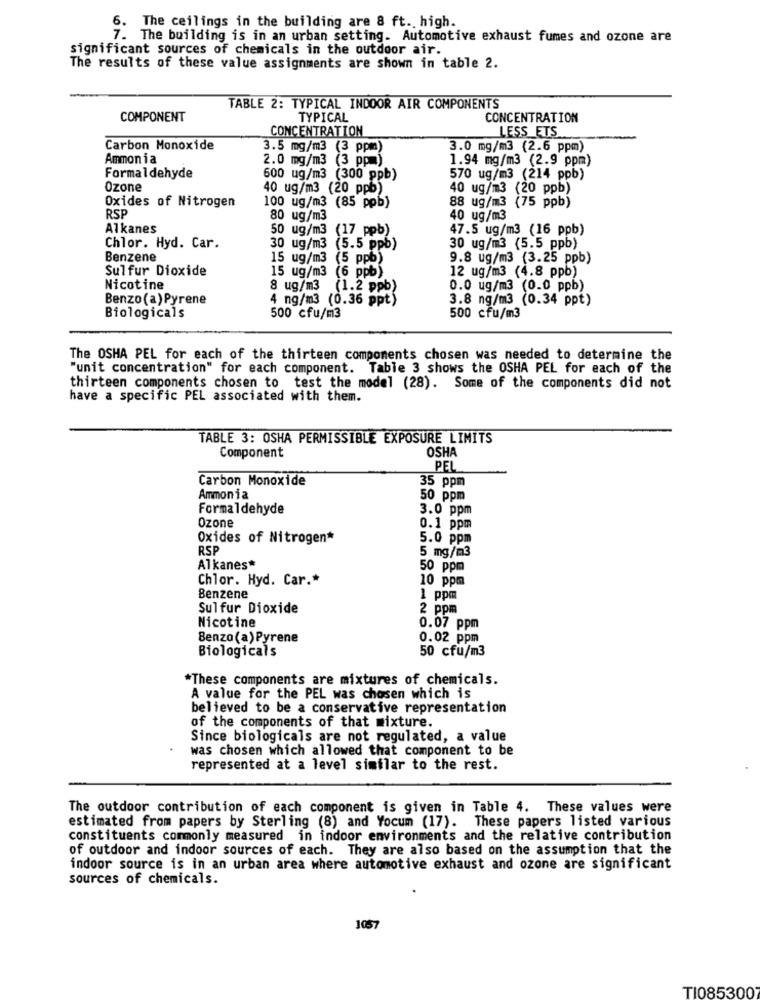
6. The ceilings in the building are 8 ft. high.
7. The building is in an urban setting. Automotive exhaust fumes and ozone are
significant sources of chemicals in the outdoor air.
The results of these value assignments are shown in table 2.
TABLE 2: TYPICAL INDOOR AIR COMPONENTS
COMPONENT
TYPICAL
CONCENTRATION
CONCENTRATION
LESS ETS
Carbon Monoxide
3.5 mg/m3 (3 ppm)
3.0 mg/m3 (2.6 ppm)
Ammon ia
2.0 mg/m3 (3 ppm)
1.94 mg/m3 (2.9 ppm)
Formaldehyde
600 ug/m3 (300 ppb)
570 ug/m3 (214 ppb)
Ozone
40 ug/m3 (20 ppb)
40 ug/m3 (20 ppb)
Oxides of Nitrogen
100 ug/m3 (85 ppb)
88 ug/m3 (75 ppb)
RSP
80 ug/m3
40 ug/m3
Alkanes
50 ug/m3 (17_ppb)
47.5 ug/m3 (16 ppb)
Chlor. Hyd. Car.
30 ug/m3 (5.5 ppb)
30 ug/m3 (5.5 ppb)
Benzene
15 ug/m3 (5 ppb)
9.8 ug/m3 (3.25 ppb)
Sulfur Dioxide
15 ug/m3 (6 ppb)
12 ug/m3 (4.8 ppb)
Nicotine
8 ug/m3 (1.2 ppb)
0.0 ug/m3 (0.0 ppb)
Benzo(a) Pyrene
4 ng/m3 (0.36 ppt)
3.8 ng/m3 (0.34 ppt)
Biologicals
500 cfu/m3
500 cfu/m3
The OSHA PEL for each of the thirteen components chosen was needed to determine the
"unit concentration" for each component. Table 3 shows the OSHA PEL for each of the
thirteen components chosen to test the model (28). Some of the components did not
have a specific PEL associated with them.
TABLE 3: OSHA PERMISSIBLE EXPOSURE LIMITS
Component
OSHA
PEL
Carbon Monoxide
35 ppm
Ammonia
50 ppm
Formaldehyde
3.0 ppm
Ozone
0.1 ppm
Oxides of Nitrogen*
5.0 ppm
RSP
5 mg/m3
Alkanes*
50 ppm
Chlor. Hyd. Car .*
10 ppm
Benzene
1 ppm
Sulfur Dioxide
2 ppm
Nicotine
0.07 ppm
Benzo(a) Pyrene
0.02 ppm
Biologicals
50 cfu/m3
*These components are mixtures of chemicals.
A value for the PEL was chosen which is
believed to be a conservative representation
of the components of that mixture.
Since biologicals are not regulated, a value
was chosen which allowed that component to be
represented at a level similar to the rest.
The outdoor contribution of each component is given in Table 4. These values were
estimated from papers by Sterling (8) and Yocum (17). These papers listed various
constituents commonly measured in indoor environments and the relative contribution
of outdoor and indoor sources of each. They are also based on the assumption that the
indoor source is in an urban area where automotive exhaust and ozone are significant
sources of chemicals.
1057
TI085300